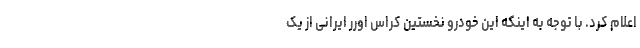
اعلام کرد. با توجه به اینکه این خودرو نخستین کراس اورر ایرانی از یک